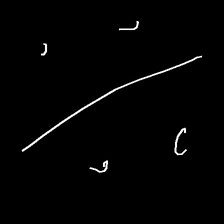
Glyph: cool